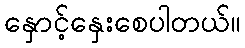
နှောင့်နှေးစေပါတယ်။